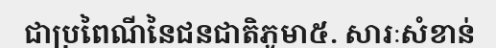
ជាប្រពៃណីនៃជនជាតិភូមា៥. សារៈសំខាន់